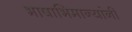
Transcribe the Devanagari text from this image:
भाषाभिमान्यांनी